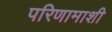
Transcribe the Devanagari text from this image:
परिणामाशी